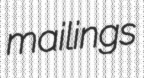
mailings